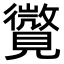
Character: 𧢓